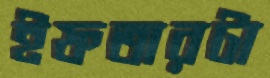
ইফতারটা